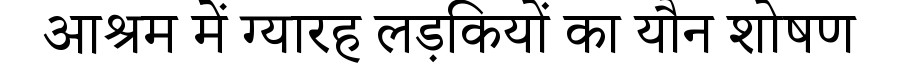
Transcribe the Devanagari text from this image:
आश्रम में ग्यारह लड़कियों का यौन शोषण